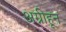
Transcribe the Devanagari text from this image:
अग्नीहून